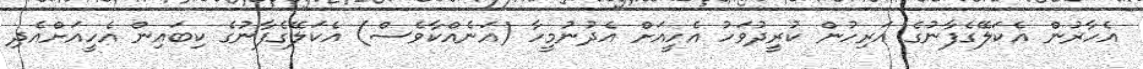
އެހާރުން އެކަލޭގެފާނުގެ އަރިހުން ކުރީދުވަހު އެހީއަށް އެދުނުމީހާ (އަނެއްކާވެސް) އެކަލޭގެފާނުގެ ކިބައިން އެހީއަށްއެދި